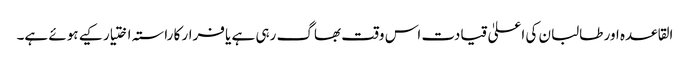
القاعدہ اور طالبان کی اعلیٰ قیادت اس وقت بھاگ رہی ہے یا فرار کا راستہ اختیار کیے ہوئے ہے۔